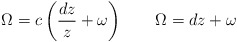
\begin{align*}\Omega=c\left(\frac{dz}{z}+\omega\right) \ \ \ \ \ \ \Omega=dz+\omega\end{align*}